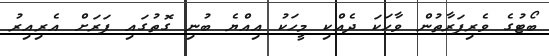
ބޯޓުގެ ވެރިފަރާތުން ވާހަކަ ދެއްކި މީހަކު އިއްޔެ ބުނި ގޮތުގައި ފަރަށް އެރިއިރު